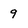
Character: 9